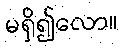
မရှိ၍လော။